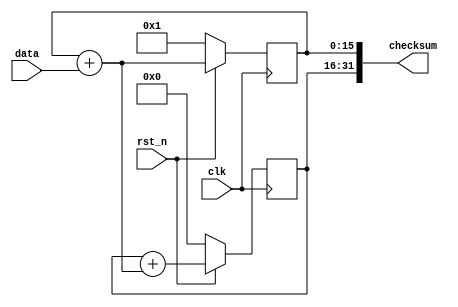
module hw_008_q4 (
  input rst_n, clk,
  input [7:0] data,
  output [31:0] checksum
);

  reg [15:0] B, A;
  wire [15:0] b_next, a_next;

  assign a_next = A + data;
  assign b_next = B + a_next;

  always @( posedge clk )
    if( !rst_n ) begin
      B <= 0;
      A <= 1;
    end
    else begin
      B <= b_next;
      A <= a_next;
    end

  assign checksum = {B, A};

endmodule